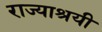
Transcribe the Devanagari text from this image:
राज्याश्रयी